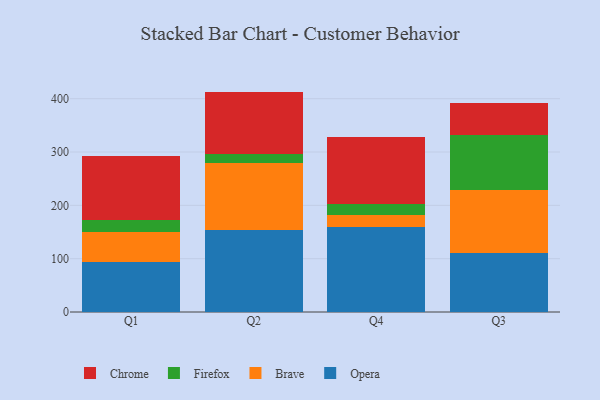
{"axis": {"x": "Quarter", "y": "Customer Acquisition Cost (USD)"}, "legend": ["Brave", "Chrome", "Firefox", "Opera"], "data": [{"x": "Q1", "y": 93.9, "type": "Opera"}, {"x": "Q1", "y": 56.9, "type": "Brave"}, {"x": "Q1", "y": 22.3, "type": "Firefox"}, {"x": "Q1", "y": 120.0, "type": "Chrome"}, {"x": "Q2", "y": 153.2, "type": "Opera"}, {"x": "Q2", "y": 125.9, "type": "Brave"}, {"x": "Q2", "y": 16.5, "type": "Firefox"}, {"x": "Q2", "y": 117.7, "type": "Chrome"}, {"x": "Q4", "y": 158.5, "type": "Opera"}, {"x": "Q4", "y": 24.2, "type": "Brave"}, {"x": "Q4", "y": 20.1, "type": "Firefox"}, {"x": "Q4", "y": 126.1, "type": "Chrome"}, {"x": "Q3", "y": 111.4, "type": "Opera"}, {"x": "Q3", "y": 117.7, "type": "Brave"}, {"x": "Q3", "y": 102.0, "type": "Firefox"}, {"x": "Q3", "y": 61.2, "type": "Chrome"}]}